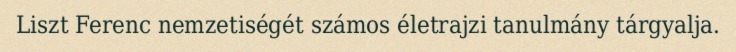
Liszt Ferenc nemzetiségét számos életrajzi tanulmány tárgyalja.